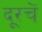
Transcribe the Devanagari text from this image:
दूरचें